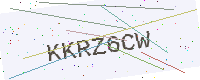
Text: KKRZ6CW